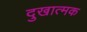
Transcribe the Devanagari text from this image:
दुखात्मक